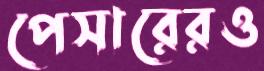
পেসারেরও